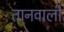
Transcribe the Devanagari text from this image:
तानवाली